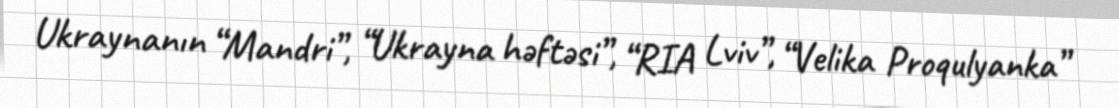
Ukraynanın “Mandri”, “Ukrayna həftəsi”, “RIA Lviv”, “Velika Proqulyanka”